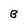
Character: B